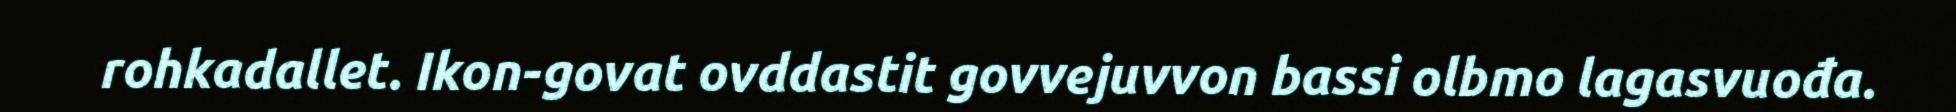
rohkadallet. Ikon-govat ovddastit govvejuvvon bassi olbmo lagasvuođa.